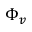
\Phi _ { v }